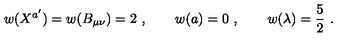
w ( X ^ { a ^ { \prime } } ) = w ( B _ { \mu \nu } ) = 2 \ , \qquad w ( a ) = 0 \ , \qquad w ( \lambda ) = { \frac { 5 } { 2 } } \ .